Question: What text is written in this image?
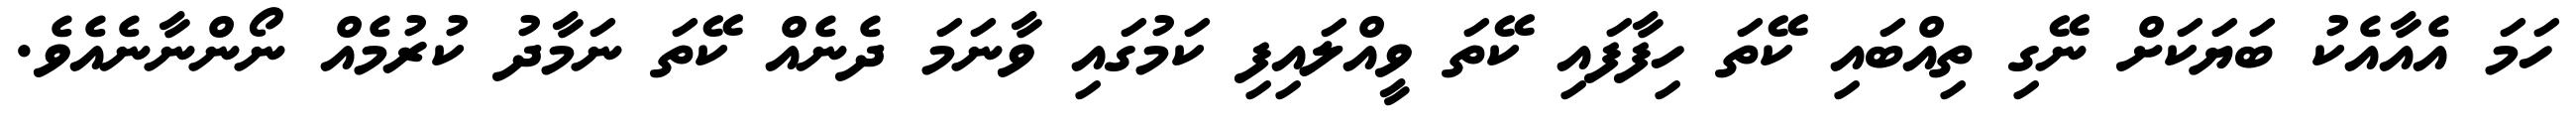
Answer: ހަމަ އެއާއެކު ބަޔަކަށް ނޭގި ތިއްބައި ކޭތަ ހިފާފައި ކޭތަ ވީއްލައިފި ކަމުގައި ވާނަމަ ދެނެއް ކޭތަ ނަމާދު ކުރުމެއް ނޯންނާނެއެވެ.